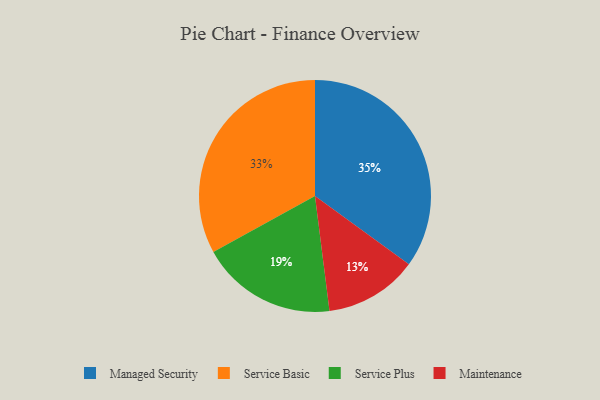
{"axis": {"x": "Category", "y": "Percentage"}, "legend": ["Maintenance", "Managed Security", "Service Basic", "Service Plus"], "data": [{"x": "Service Plus", "y": 19, "type": "Service Plus"}, {"x": "Service Basic", "y": 33, "type": "Service Basic"}, {"x": "Maintenance", "y": 13, "type": "Maintenance"}, {"x": "Managed Security", "y": 35, "type": "Managed Security"}]}